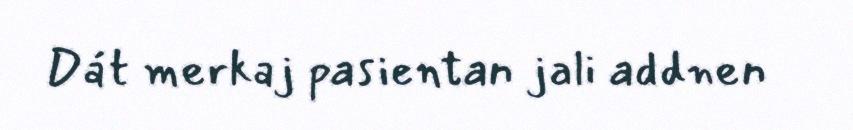
Dát merkaj pasientan jali addnen